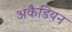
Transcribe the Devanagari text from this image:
अकैडियन